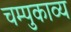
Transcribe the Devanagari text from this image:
चम्पुकाव्य